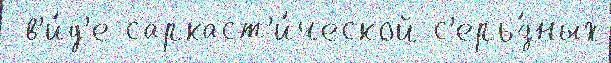
 в'и́д'е саркаст'и́ческой с'ерь́зных